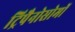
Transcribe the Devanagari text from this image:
ट्रिपैनोसोमों